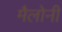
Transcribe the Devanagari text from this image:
मैलोनी